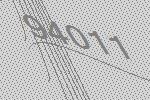
94011